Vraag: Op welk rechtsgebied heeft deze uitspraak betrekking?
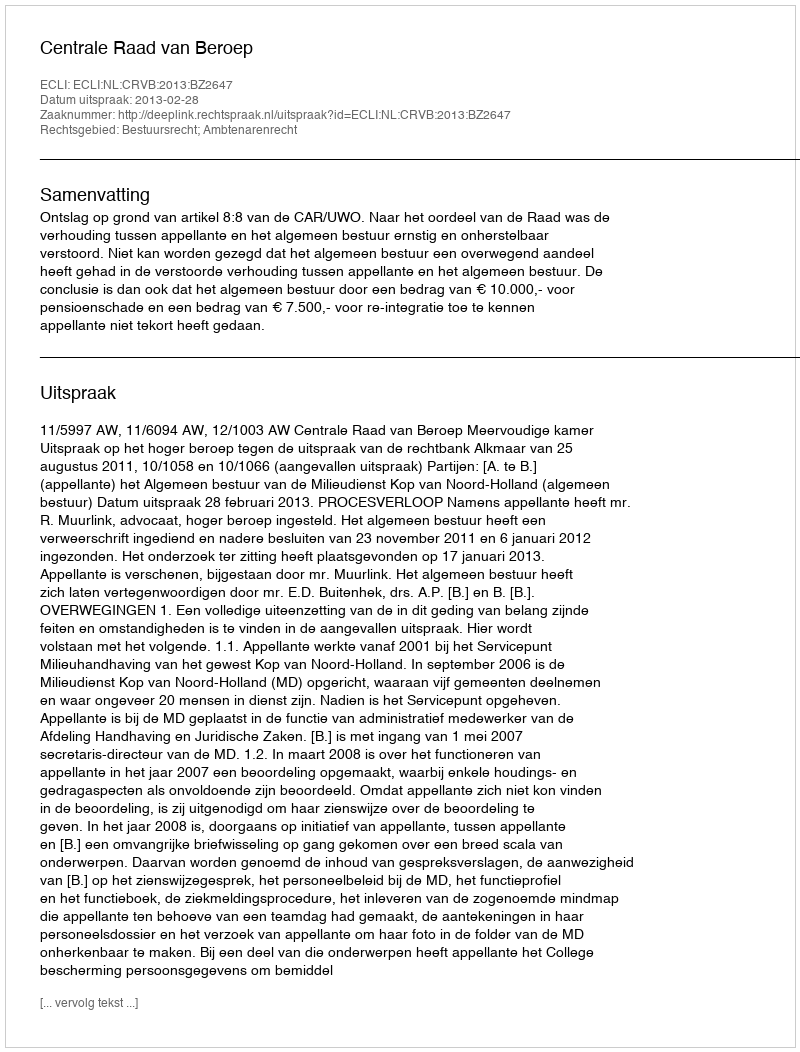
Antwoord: Bestuursrecht; Ambtenarenrecht